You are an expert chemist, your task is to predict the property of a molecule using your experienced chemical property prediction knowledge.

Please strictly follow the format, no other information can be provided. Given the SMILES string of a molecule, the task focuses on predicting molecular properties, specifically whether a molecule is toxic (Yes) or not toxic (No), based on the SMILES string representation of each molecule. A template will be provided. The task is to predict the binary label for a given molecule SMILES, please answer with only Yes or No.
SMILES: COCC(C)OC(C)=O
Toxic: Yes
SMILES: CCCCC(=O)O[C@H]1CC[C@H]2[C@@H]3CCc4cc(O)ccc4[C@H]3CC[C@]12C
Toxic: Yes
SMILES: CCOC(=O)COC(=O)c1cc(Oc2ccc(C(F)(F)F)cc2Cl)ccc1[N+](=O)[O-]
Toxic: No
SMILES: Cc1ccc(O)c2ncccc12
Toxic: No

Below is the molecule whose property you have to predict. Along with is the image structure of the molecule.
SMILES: CC(C)C[C@@H]1NC(=O)[C@H](CCCN)NC(=O)[C@H](C(C)C)NC(=O)[C@@H]2CCCN2C(=O)[C@@H](Cc2ccccc2)NC(=O)[C@H](CC(C)C)NC(=O)[C@H](CCCN)NC(=O)[C@H](C(C)C)NC(=O)[C@@H]2CCCN2C(=O)[C@@H](Cc2ccccc2)NC1=O
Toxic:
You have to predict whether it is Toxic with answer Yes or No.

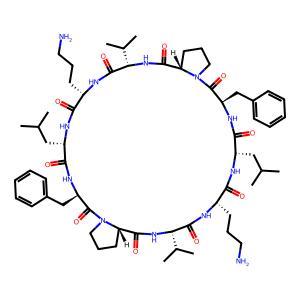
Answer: No